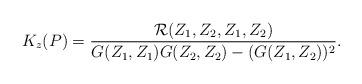
LaTeX: \begin{align*}K_z(P)=\frac{\mathcal{R}(Z_1,Z_2,Z_1,Z_2)}{G(Z_1,Z_1)G(Z_2,Z_2)-(G(Z_1,Z_2))^2}.\end{align*}